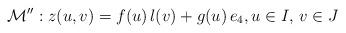
LaTeX: \begin{align*} \mathcal{M}'': z(u,v) = f(u)\, l(v) + g(u) \,e_4, u \in I, \, v \in J\end{align*}